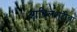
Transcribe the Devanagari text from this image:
आदिलशहीचा